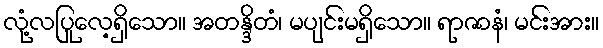
လုံ့လပြုလေ့ရှိသော။ အတန္ဒိတံ၊ မပျင်းမရှိသော။ ရာဇာနံ၊ မင်းအား။